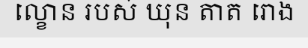
ល្ខោន របស់ ឃុន តាត រោង